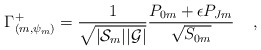
\begin{align*}\Gamma^+_{(m,\psi_m)} = {1 \over\sqrt{|{\cal S}_m| |{\cal G}|}} {{P}_{0m} +\epsilon {P}_{Jm} \over \sqrt{{S}_{0m}}} \;\;\;\; ,\end{align*}